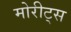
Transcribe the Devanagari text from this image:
मोरीट्स